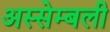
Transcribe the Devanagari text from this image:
अस्सेम्बली